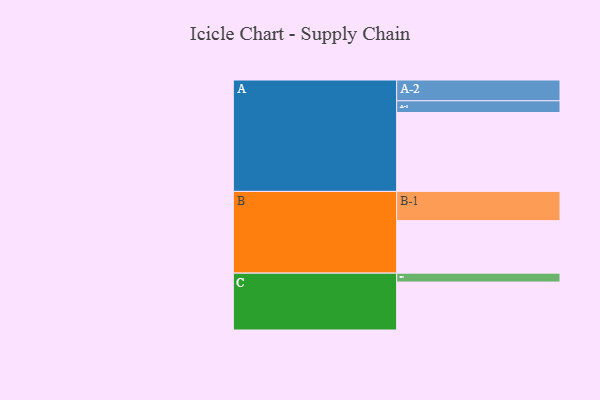
{"axis": {"x": "Segment", "y": "Value"}, "legend": ["", "A", "B", "C"], "data": [{"x": "A", "y": 505, "type": ""}, {"x": "B", "y": 336, "type": ""}, {"x": "C", "y": 307, "type": ""}, {"x": "A-1", "y": 75, "type": "A"}, {"x": "A-2", "y": 133, "type": "A"}, {"x": "B-1", "y": 187, "type": "B"}, {"x": "C-1", "y": 57, "type": "C"}]}